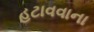
હટાવવાના